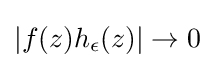
|f(z)h_{\epsilon }(z)|\to 0